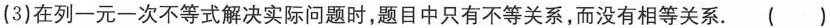
(3)在列一元一次不等式解决实际问题时，题目中只有不等关系，而没有相等关系。()